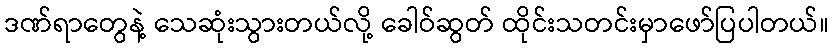
ဒဏ်ရာတွေနဲ့ သေဆုံးသွားတယ်လို့ ခေါဝ်ဆွတ် ထိုင်းသတင်းမှာဖော်ပြပါတယ်။